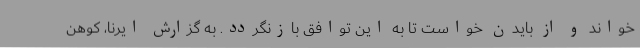
خواند و از بایدن خواست تا به این توافق بازنگردد. به گزارش ایرنا، کوهن